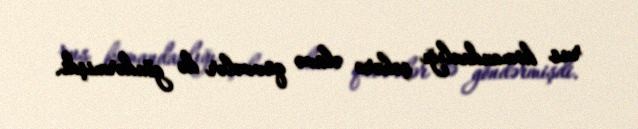
rus komandanlığı şəhərə əlavə qüvvələr də göndərmişdi.